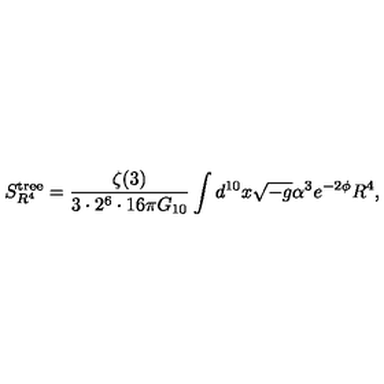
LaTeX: S _ { R ^ { 4 } } ^ { \mathrm { t r e e } } = \frac { \zeta ( 3 ) } { 3 \cdot 2 ^ { 6 } \cdot 1 6 \pi G _ { 1 0 } } \int d ^ { 1 0 } x \sqrt { - g } \alpha ^ { 3 } e ^ { - 2 \phi } R ^ { 4 } ,